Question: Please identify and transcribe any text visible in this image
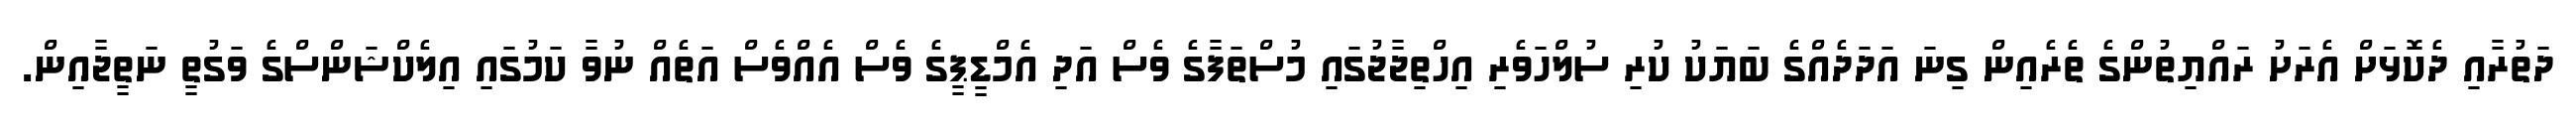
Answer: ދަތުރާއި ދެކޮޅަށް އެރަށު ރައްޔިތުންގެ ތެރެއިން ގިނަ އަދަދެއްގެ ބަޔަކު ކުރި ސުލްހަވެރި އިހްތިޖާޖުގައި މުސްތަފާގެ ވެސް އަދި އެމްޑީޕީގެ ވެސް އެއްވެސް އަތެއް ނުވާ ކަމުގައި އިލެކްޝަންސްގެ ވަގުތީ ނަތީޖާއިން.